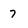
Character: 7